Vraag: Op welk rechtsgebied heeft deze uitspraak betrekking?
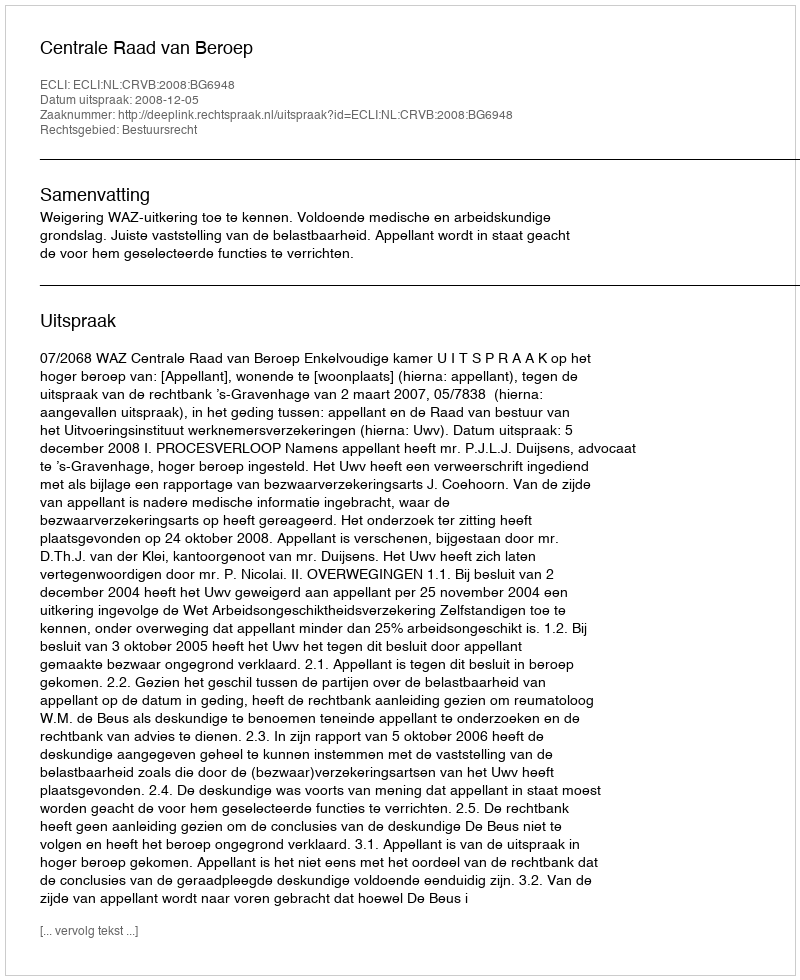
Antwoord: Bestuursrecht